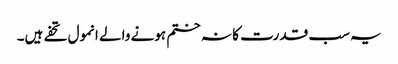
یہ سب قدرت کا نہ ختم ہونے والے انمول تحفے ہیں۔